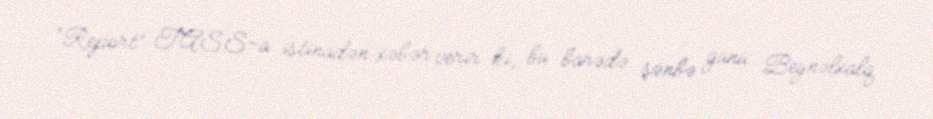
“Report” TASS-a istinadən xəbər verir ki, bu barədə şənbə günü Beynəlxalq